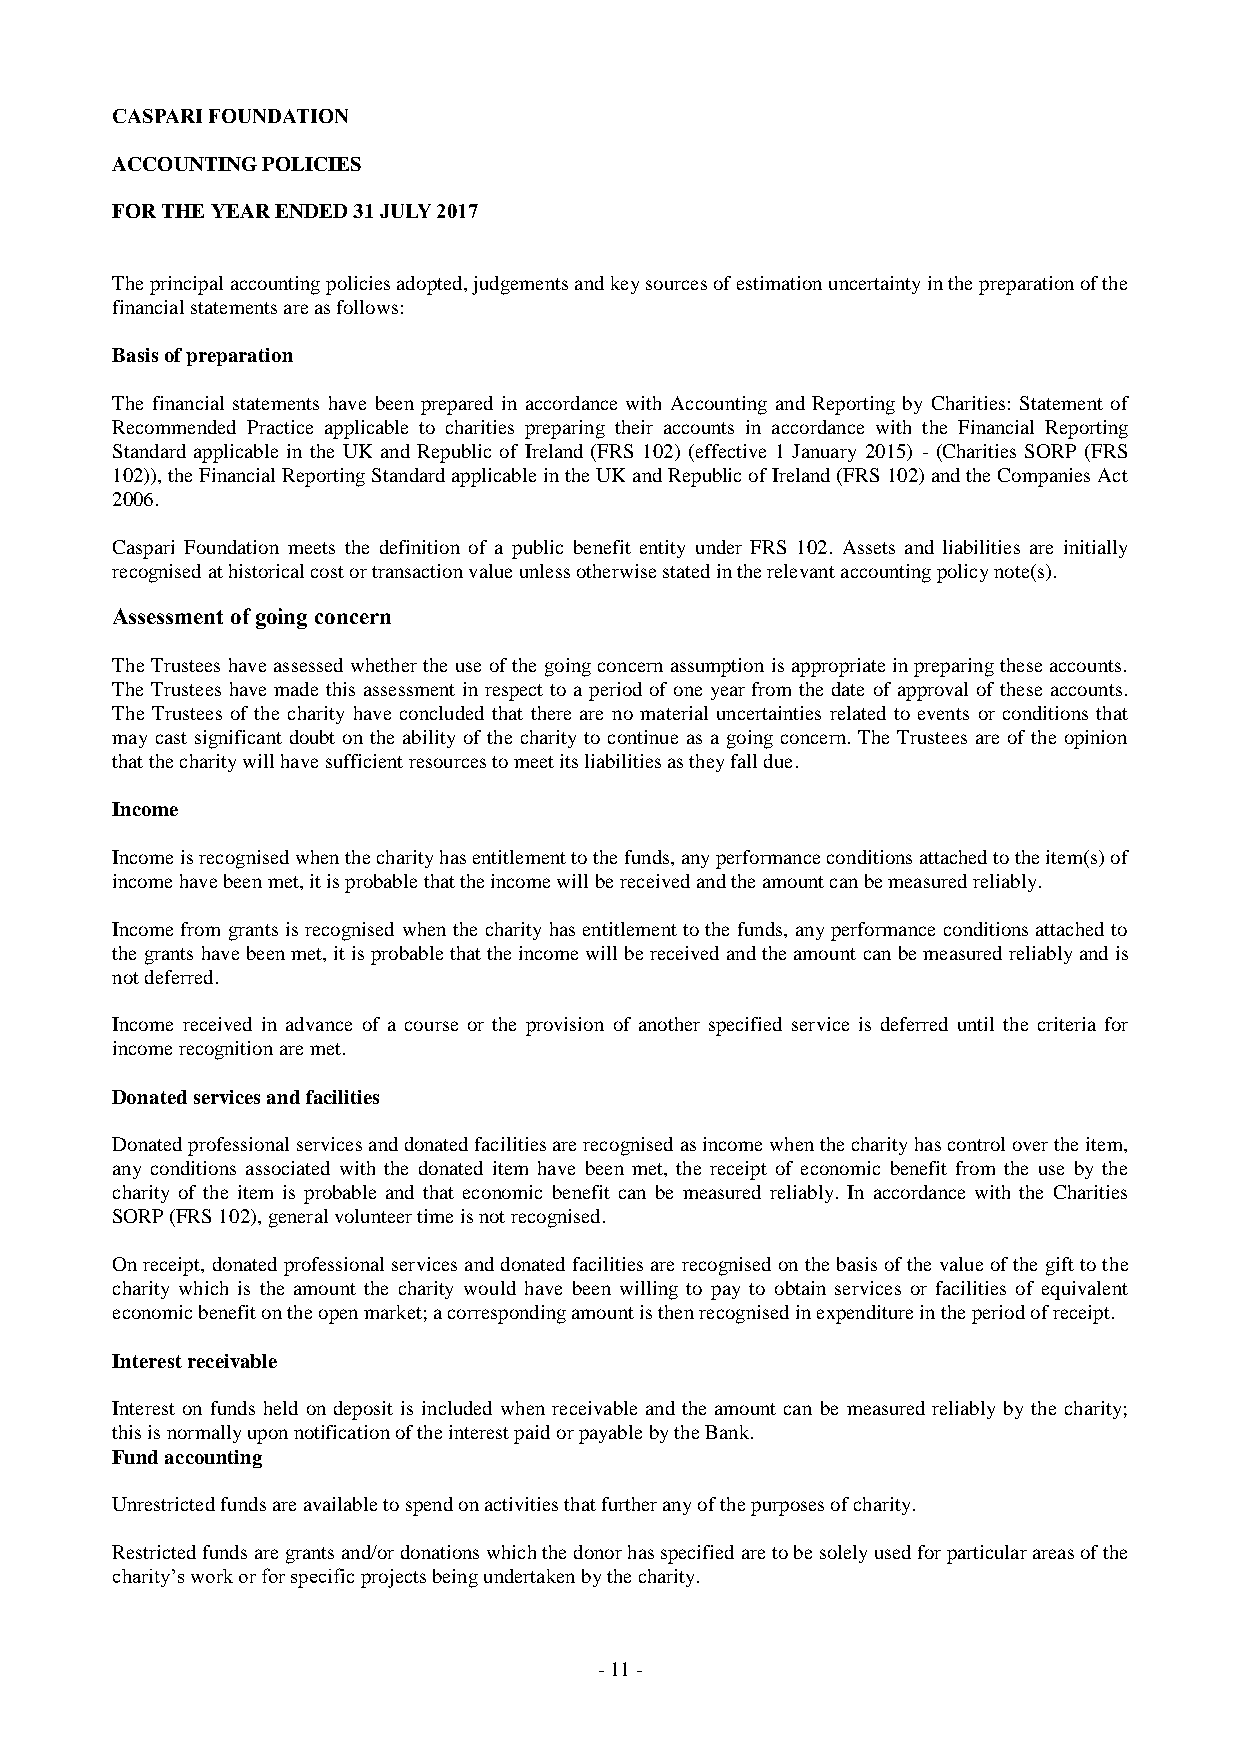
CASPARI FOUNDATION
 ACCOUNTING POLICIES
 FOR THE YEAR ENDED 31 JULY 2017
 The principal accounting policies adopted, judgements and key sources of estimation uncertainty in the preparation of the
 financial statements are as follows:
 Basis of preparation
 The financial statements have been prepared in accordance with Accounting and Reporting by Charities: Statement of
 Recommended Practice applicable to charities preparing their accounts in accordance with the Financial Reporting
 Standard applicable in the UK and Republic of Ireland (FRS 102) (effective 1 January 2015) - (Charities SORP (FRS
 102)), the Financial Reporting Standard applicable in the UK and Republic of Ireland (FRS 102) and the Companies Act
 2006.
 Caspari Foundation meets the definition of a public benefit entity under FRS 102. Assets and liabilities are initially
 recognised at historical cost or transaction value unless otherwise stated in the relevant accounting policy note(s).
 Assessment of going concern
 The Trustees have assessed whether the use of the going concern assumption is appropriate in preparing these accounts.
 The Trustees have made this assessment in respect to a period of one year from the date of approval of these accounts.
 The Trustees of the charity have concluded that there are no material uncertainties related to events or conditions that
 may cast significant doubt on the ability of the charity to continue as a going concern. The Trustees are of the opinion
 that the charity will have sufficient resources to meet its liabilities as they fall due.
 Income
 Income is recognised when the charity has entitlement to the funds, any performance conditions attached to the item(s) of
 income have been met, it is probable that the income will be received and the amount can be measured reliably.
 Income from grants is recognised when the charity has entitlement to the funds, any performance conditions attached to
 the grants have been met, it is probable that the income will be received and the amount can be measured reliably and is
 not deferred.
 Income received in advance of a course or the provision of another specified service is deferred until the criteria for
 income recognition are met.
 Donated services and facilities
 Donated professional services and donated facilities are recognised as income when the charity has control over the item,
 any conditions associated with the donated item have been met, the receipt of economic benefit from the use by the
 charity of the item is probable and that economic benefit can be measured reliably. In accordance with the Charities
 SORP (FRS 102), general volunteer time is not recognised.
 On receipt, donated professional services and donated facilities are recognised on the basis of the value of the gift to the
 charity which is the amount the charity would have been willing to pay to obtain services or facilities of equivalent
 economic benefit on the open market; a corresponding amount is then recognised in expenditure in the period of receipt.
 Interest receivable
 Interest on funds held on deposit is included when receivable and the amount can be measured reliably by the charity;
 this is normally upon notification of the interest paid or payable by the Bank.
 Fund accounting
 Unrestricted funds are available to spend on activities that further any of the purposes of charity.
 Restricted funds are grants and/or donations which the donor has specified are to be solely used for particular areas of the
 charity’s work or for specific projects being undertaken by the charity.
 - 1 1 -